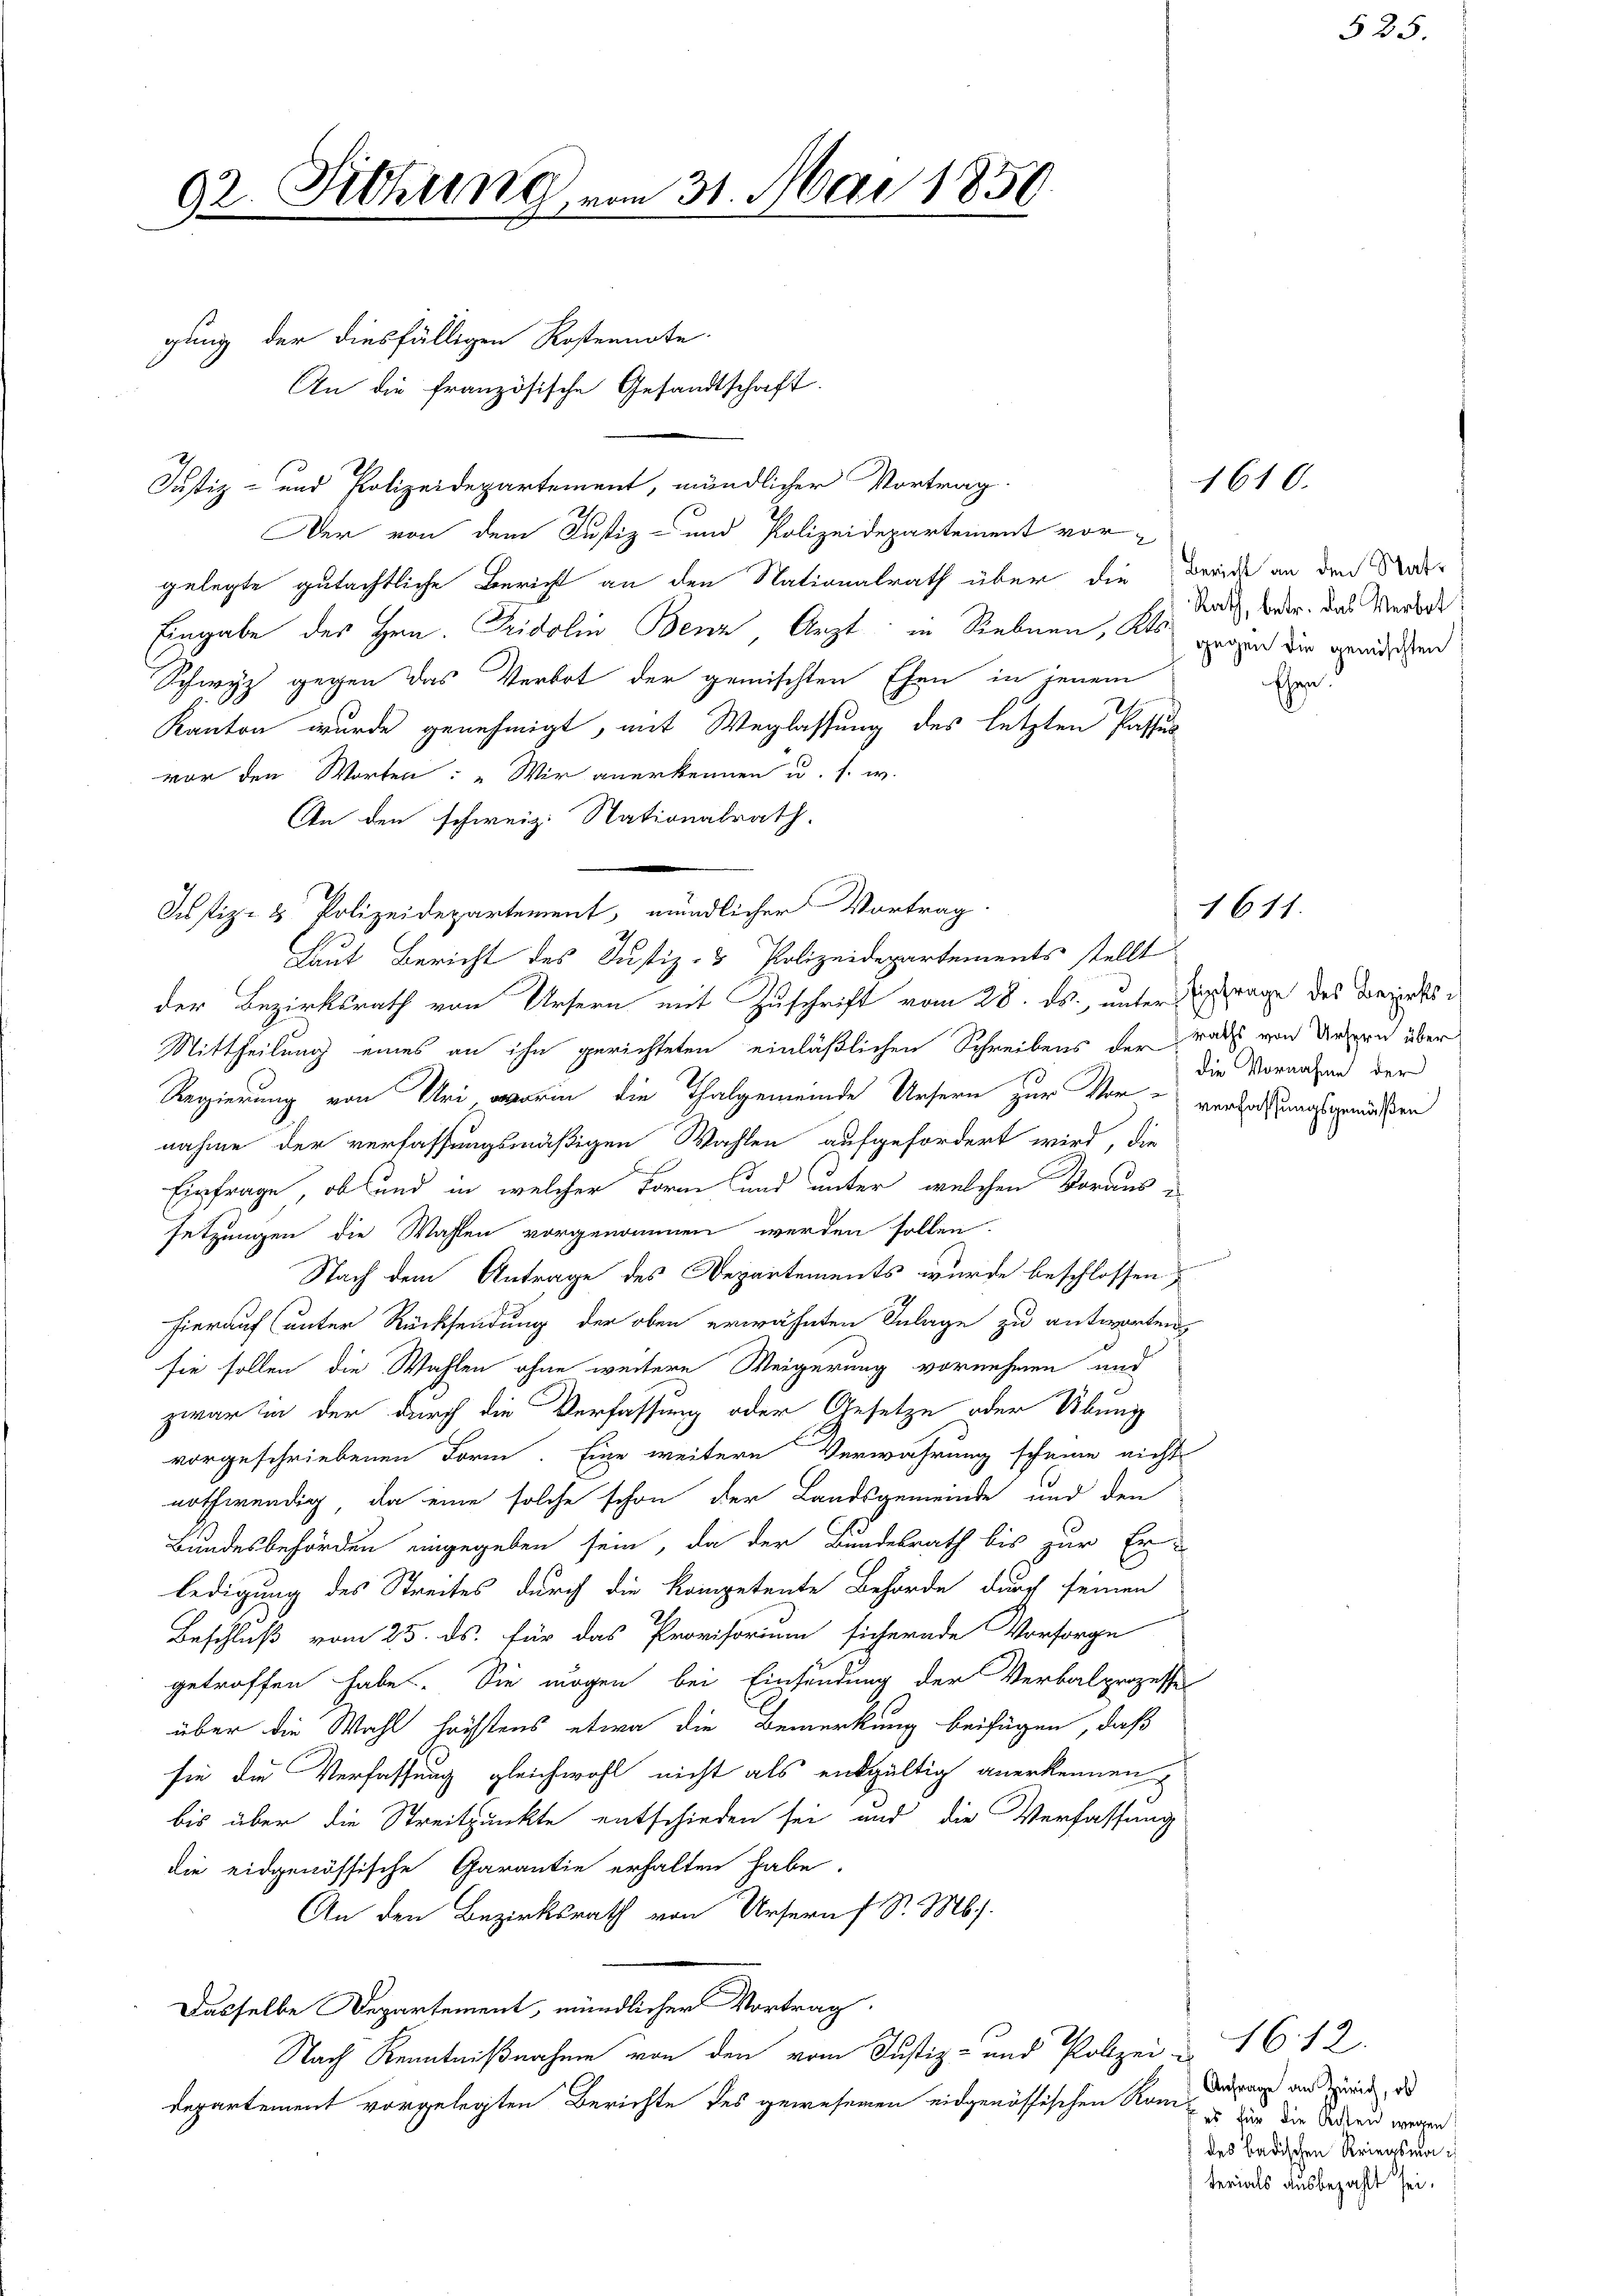
92. Sitzung vom 31. Mai 1850

gung der diesfälligen Kostennote
An die französische Gesandtschaft
Justiz- und Polizeidepartement, mündlicher Vortrag.
Der von dem Justiz- und Polizeidepartement vor-
gelegte gutächtliche Bericht an den Nationalrath über die Bericht an den Rats-
Eingabe des Hern. Fridolin Benz, Arzt in Siebnen, als gegend die gewissend
Schwyz gegen das Verbot der gemischten Ehen in jenem
Kanton wurde genehmigt, mit Weglassung des letzten Passun
vor den Worten: „Wir anerkennen u. f. in
An den schweiz. Nationalrath.
.
Justiz- & Polizeidepartement, mündlicher Vortrag.
Laut Bericht des Justiz- & Polizeidepartements stellt
der Bezirksrath von Ursern mit Zuschrift vom 28. ds., unter Getrage des Bezirks¬
Mittheilung eines an ihn gerichteten einläßlichen Schreibens der rats von Ursern über
Regierung von Uri, worin die Thalgemeinde Ursern zur Vor- verladungsgemäßen
nahme der verhaffungsmäßigen Wahlen aufgefordert wird, die
Einfrage, ob und in welcher Form und unter, welchen Voraussetzungen die Wahlen vorgenommen werden sollen.
Nach dem Antrage des Departements wurde beschlossen,
hierauf (unter Rücksendung der oben erwähnten Inlage zu antworten,
sie sollen die Wahlen ohne weitere Weigerung vornehmen und
zwar in der durch die Verfassung oder Gesetze oder Übung
vorgeschriebenen Form. Eine weitere Verwahrung scheine nicht
nothwendig, da eine solche schon der Landsgemeinde und den
Bundesbehörden eingegeben sein, da der Bundesrath bis zur Er-
ledigung des Streites durch die kompetente Behörde durch seinen
2.
Beschluß vom 25. ds. für das Provisorium sichernde Vorsorge
getroffen habe. Sie mögen bei Einsendung der Verbalprozesse
über die Wahl höchstens etwa die Bemerkung beifügen, daß
sie die Verfassung gleichwohl nicht als endgültig anerkennen,
bis über die Streitpunkte entschieden sei und die Verfassung
die eidgenössische Garantie erhalten habe.
An den Bezirksrath von Ursern f Sr. M.
Dasselbe Departement, mündlicher Vortrag
Nach Kenntnißnahem von den vom Justiz- und Polizei u. 16. 12.
departement vorgelegten Berichte des gewesenen eidgenössischen Kam es der die Sackend wegen

1610.

Rath, betr. das Verbot

die Vornahme der

1611.

Eher

525.

Anfrage an Zürich, ob
des badischen Kriegsmaterials ausbezahlt sei.